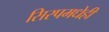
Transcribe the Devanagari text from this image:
सिरपमधेही